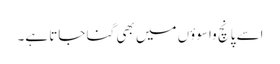
اسے پانچ واسوؤں میں بھی گنا جاتا ہے۔